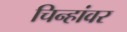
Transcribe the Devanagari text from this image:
चिन्हांवर